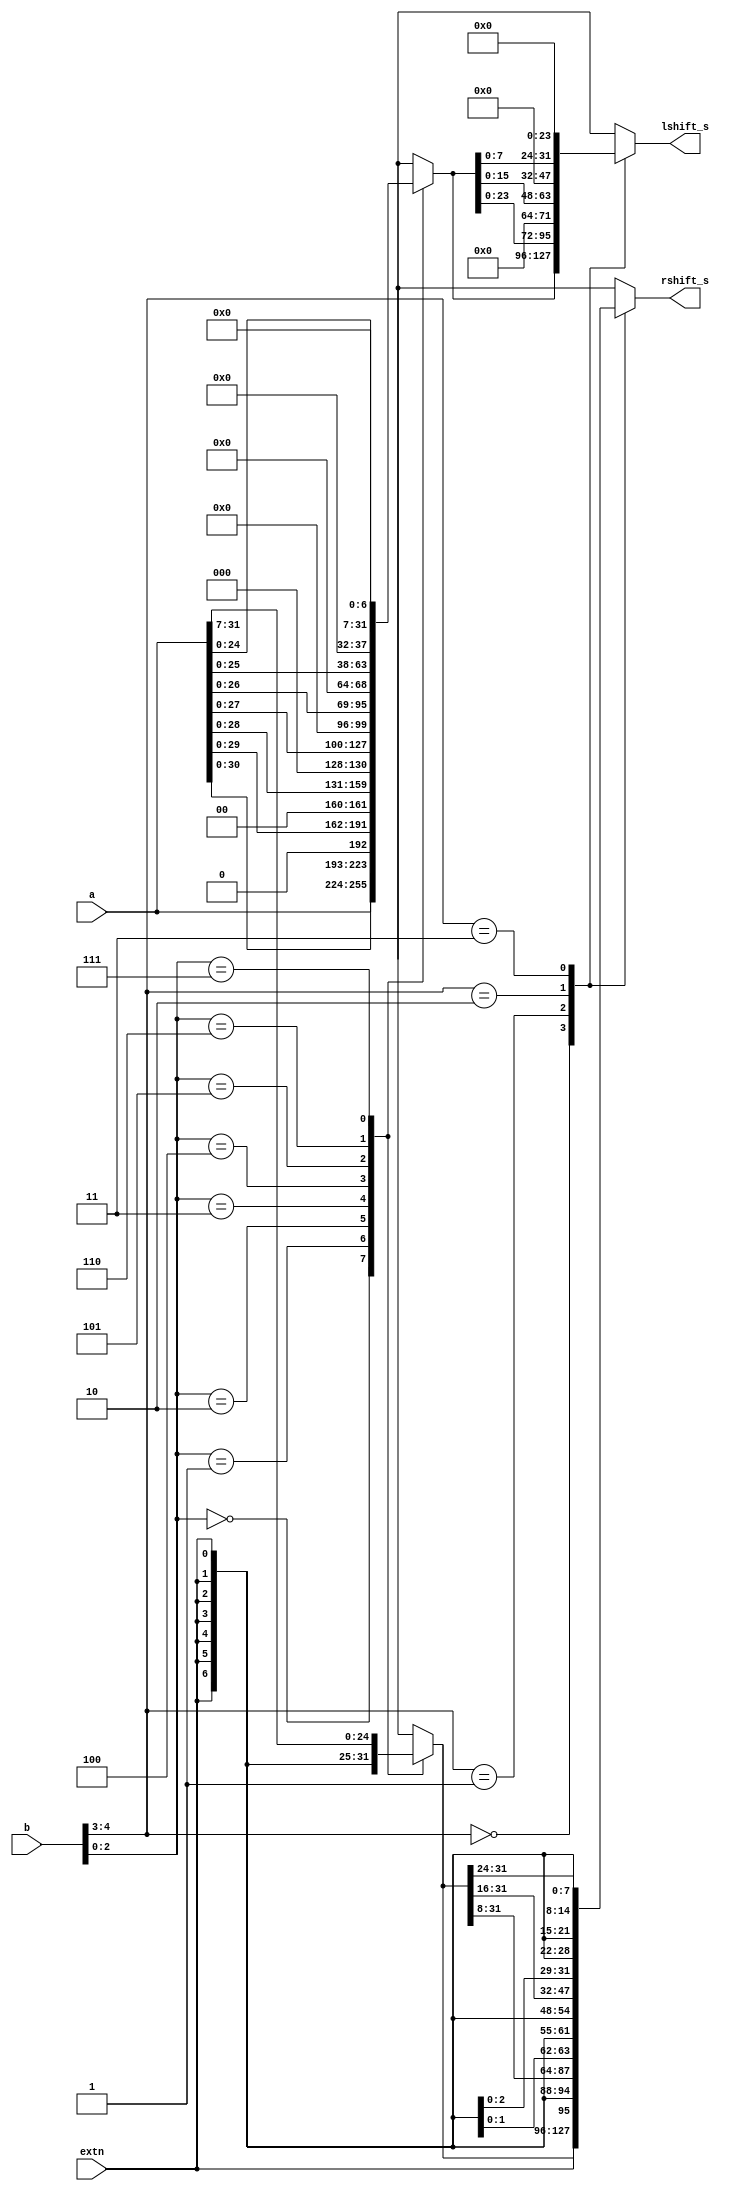
`timescale 1ns / 1ps
//////////////////////////////////////////////////////////////////////////////////
// Company: 
// Engineer: 
// 
// Design Name: 
// Module Name: Shifter
// Project Name: 
// Target Devices: 
// Tool Versions: 
// Description: 
// 
// Dependencies: 
// 
// Revision:
// Revision 0.01 - File Created
// Additional Comments:
// 
//////////////////////////////////////////////////////////////////////////////////


module Shifter(
    input [31:0]  a,
    input [4:0]  b,
    input         extn,

    output reg [31:0] lshift_s,
    output reg [31:0] rshift_s
    );
    //lshift_s
    reg [31:0] l_mid;
    reg [31:0] r_mid;

    always @(*) begin
        case (b[2:0])
            3'd0: begin
                l_mid=a;
                r_mid=a;
            end
            3'd1: begin
                l_mid={a[30:0],1'b0};
                r_mid={extn,a[31:1]};
            end
            3'd2: begin
                l_mid={a[29:0],{2{1'b0}}};
                r_mid={{2{extn}},a[31:2]};
            end
            3'd3: begin
                l_mid={a[28:0],{3{1'b0}}};
                r_mid={{3{extn}},a[31:3]};
            end
            3'd4: begin
                l_mid={a[27:0],{4{1'b0}}};
                r_mid={{4{extn}},a[31:4]};
            end
            3'd5: begin
                l_mid={a[26:0],{5{1'b0}}};
                r_mid={{5{extn}},a[31:5]};
            end
            3'd6: begin
                l_mid={a[25:0],{6{1'b0}}};
                r_mid={{6{extn}},a[31:6]};
            end
            3'd7: begin
                l_mid={a[24:0],{7{1'b0}}};
                r_mid={{7{extn}},a[31:7]};
            end
        endcase
        
        case (b[4:3])
            3'd0: begin
                lshift_s=l_mid;
                rshift_s=r_mid;
            end
            3'd1: begin
                lshift_s={l_mid[23:0],{8{1'b0}}};
                rshift_s={{8{extn}},r_mid[31:8]};
            end
            3'd2: begin
                lshift_s={l_mid[15:0],{16{1'b0}}};
                rshift_s={{16{extn}},r_mid[31:16]};
            end
            3'd3: begin
                lshift_s={l_mid[7:0],{24{1'b0}}};
                rshift_s={{24{extn}},r_mid[31:24]};
            end
        endcase
    end
endmodule